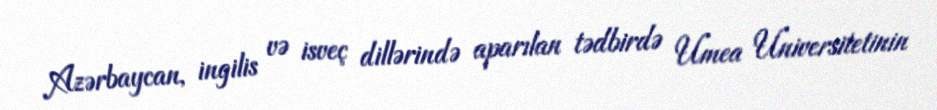
Azərbaycan, ingilis və isveç dillərində aparılan tədbirdə Umea Universitetinin